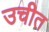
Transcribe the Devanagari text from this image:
उचीत